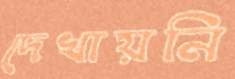
দেখায়নি